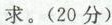
求。(20分)